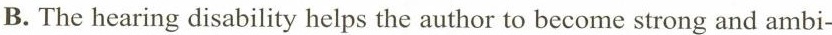
B. The hearing disability helps the author to become strong and ambi-